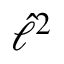
\hat { \ell } ^ { 2 }